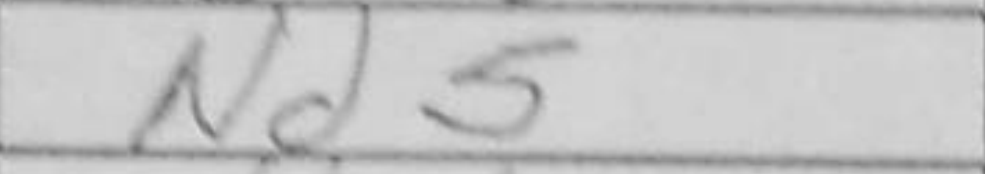
Transcription: Nd5